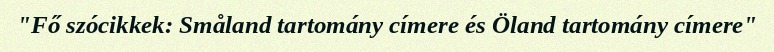
"Fő szócikkek: Småland tartomány címere és Öland tartomány címere"